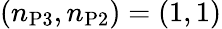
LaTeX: (n_{\mathrm{P3}},n_{\mathrm{P2}})=(1,1)